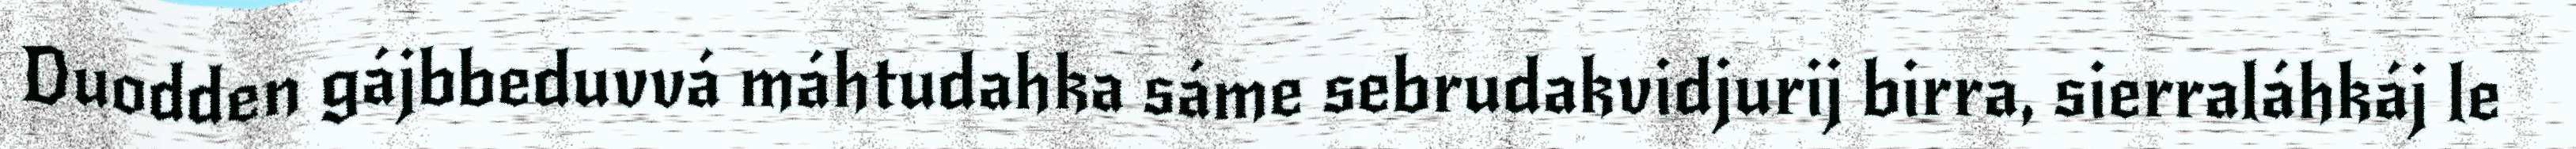
Duodden gájbbeduvvá máhtudahka sáme sebrudakvidjurij birra, sierraláhkáj le